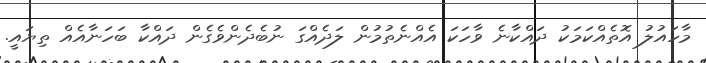
މާހައުލު އޮތެއްކަމަކު ދައްކާނެ ވާހަކަ އެއްނެތުމުން ލަދެއްގަ ނުބެދެންވެގެން ދައްކާ ބަހަނާއެއް ތިޔައީ.